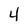
Character: 4